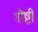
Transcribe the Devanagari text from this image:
गौष्टी